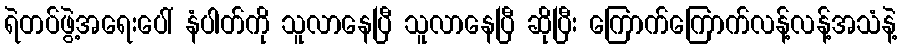
ရဲတပ်ဖွဲ့အရေးပေါ် နံပါတ်ကို သူလာနေပြီ သူလာနေပြီ ဆိုပြီး ကြောက်ကြောက်လန့်လန့်အသံနဲ့